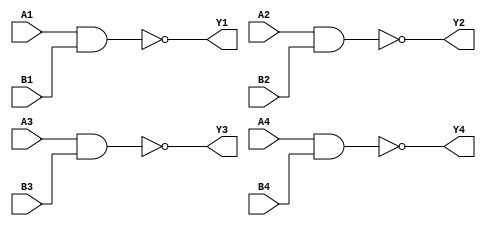
// -*- mode: verilog -*-

/*
 * 74x00: Quad 2-input NAND gate
 */
module top(A1, B1, Y1,
           A2, B2, Y2,
           A3, B3, Y3,
           A4, B4, Y4);

   (* LOC = "FB1_1" *) input A1;
   (* LOC = "FB1_2" *) input B1;
   (* LOC = "FB1_3" *) output Y1;

   (* LOC = "FB1_4" *) input A2;
   (* LOC = "FB1_5" *) input B2;
   (* LOC = "FB1_6" *) output Y2;

   (* LOC = "FB1_7" *) input A3;
   (* LOC = "FB1_8" *) input B3;
   (* LOC = "FB1_9" *) output Y3;

   (* LOC = "FB1_10" *) input A4;
   (* LOC = "FB1_11" *) input B4;
   (* LOC = "FB1_12" *) output Y4;

   assign Y1 = !(A1 & B1);
   assign Y2 = !(A2 & B2);
   assign Y3 = !(A3 & B3);
   assign Y4 = !(A4 & B4);

endmodule